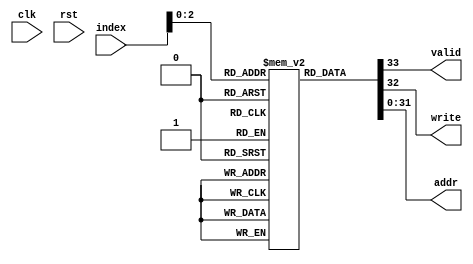
`timescale 1ns / 1ps
module inst(
	input wire clk,
	input wire rst,
	input wire [3:0]index, // instruction index
	output wire valid , // stop running if valid is 0
	output wire write, // write enable signal for cache
	output wire[31:0] addr //address for cache
);
	reg [33:0] data [0:7];
	initial begin 
		data[0] = 34'h2_0000_0004;
		data[1] = 34'h3_0000_0018;
		data[2] = 34'h2_0000_0008;
		data[3] = 34'h3_0000_0014;
		data[4] = 34'h2_1000_0004;
		data[5] = 34'h3_1000_0018;
		data[6] = 34'h3_1000_0008;
		data[7] = 34'h0;
	end 

	assign 
		valid = data[index][33],
		write = data[index][32],
		addr = data[index][31:0];
endmodule